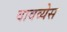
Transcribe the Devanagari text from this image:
वावव्येस